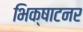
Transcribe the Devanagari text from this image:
भिक्षाटनर